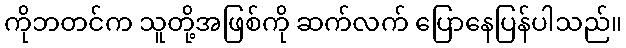
ကိုဘတင်က သူတို့အဖြစ်ကို ဆက်လက် ပြောနေပြန်ပါသည်။